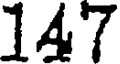
147